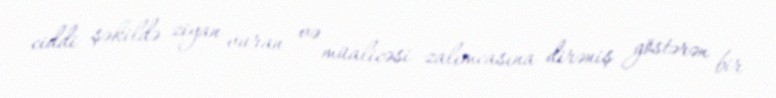
ciddi şəkildə ziyan vuran və müalicəsi zalımcasına dirəniş göstərən bir